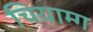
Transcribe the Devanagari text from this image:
चियाम्ग